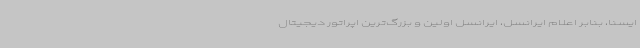
ایسنا، بنابر اعلام ایرانسل، ایرانسل اولین و بزرگ‌ترین اپراتور دیجیتال